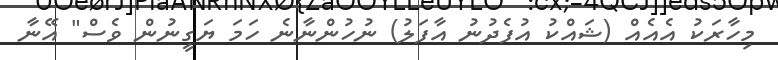
މިހާރަކު އެއެއް (ޝައްކު އުފެދުނު އާފަލު) ނުހުންނާނެ ހަމަ ޔަގީނުން ވެސް" އޭނާ